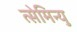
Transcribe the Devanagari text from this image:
त्सेमिन्यु